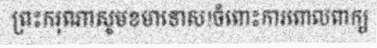
ព្រះករុណាសូមខមាទោស!ចំពោះការពោលពាក្យ